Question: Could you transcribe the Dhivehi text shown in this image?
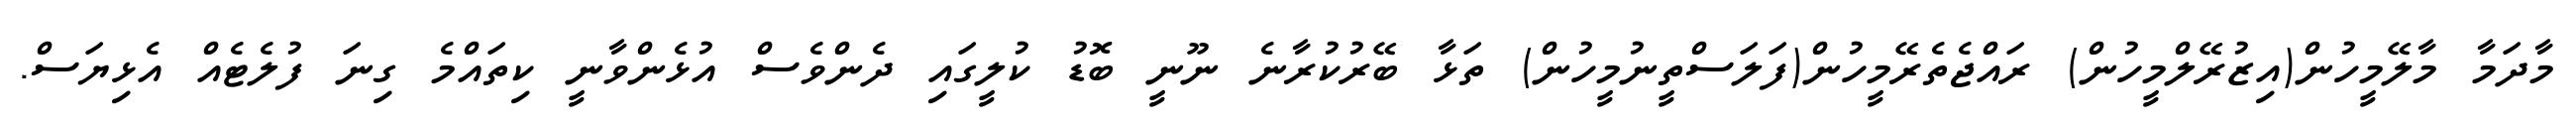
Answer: މާދަމާ މާލޭމީހުން(އިޒުރޭލްމީހުން) ރައްޖެތެރޭމީހުން(ފަލަސްތީނުމީހުން) ތަޅާ ބޭރުކުރާނެ ނޫނީ ބޮޑު ކުލީގައި ދެންވެސް އުޅެންވާނީ ކިތައްމެ ގިނަ ފުލެޓެއް އެޅިޔަސް.